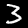
Label: 3